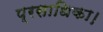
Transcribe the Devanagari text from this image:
प्रसाधिका।